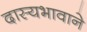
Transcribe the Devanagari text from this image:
दास्यभावाने